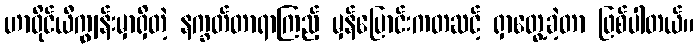
ဟာဝိုင်ယီကျွန်းမှာရှိတဲ့ နက္ခတ်တာရာကြည့် မှန်ပြောင်းကတဆင့် ရှာတွေ့ခဲ့တာ ဖြစ်ပါတယ်။